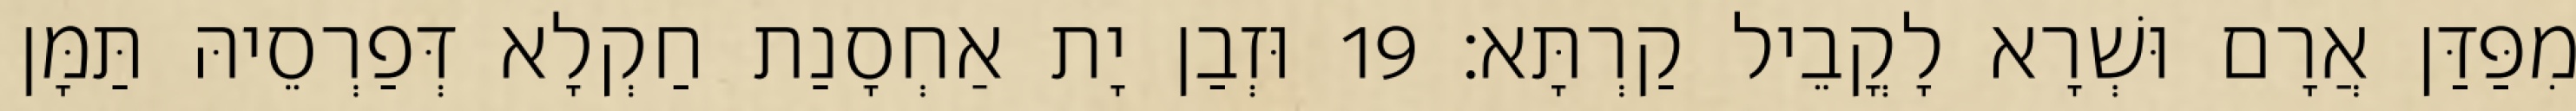
מִפַּדַּן אֲרָם וּשְׁרָא לָקֳבֵיל קַרְתָּא׃ 19 וּזְבַן יָת אַחְסָנַת חַקְלָא דְּפַרְסֵיהּ תַּמָּן